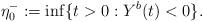
LaTeX: \begin{align*} \eta_0^- := \inf \{ t > 0: Y^b(t) < 0 \}. \end{align*}